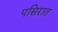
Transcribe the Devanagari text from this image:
पसिरात